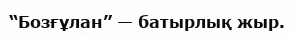
“Бозғұлан” — батырлық жыр.